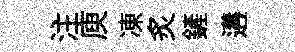
注庾凍炙鏟遘